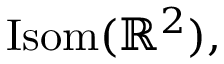
\operatorname { I s o m } ( \mathbb { R } ^ { 2 } ) ,